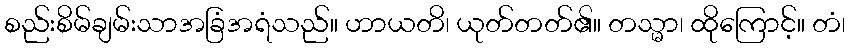
စည်းစိမ်ချမ်းသာအခြံအရံသည်။ ဟာယတိ၊ ယုတ်တတ်၏။ တသ္မာ၊ ထိုကြောင့်။ တံ၊